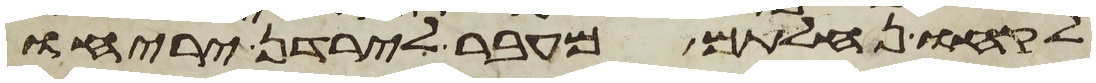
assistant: לקחו נחלתם מעבר לירדן יריחו